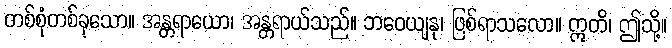
တစ်စုံတစ်ခုသော။ အန္တရာယော၊ အန္တရာယ်သည်။ ဘဝေယျနု၊ ဖြစ်ရာသလော။ ဣတိ၊ ဤသို့။